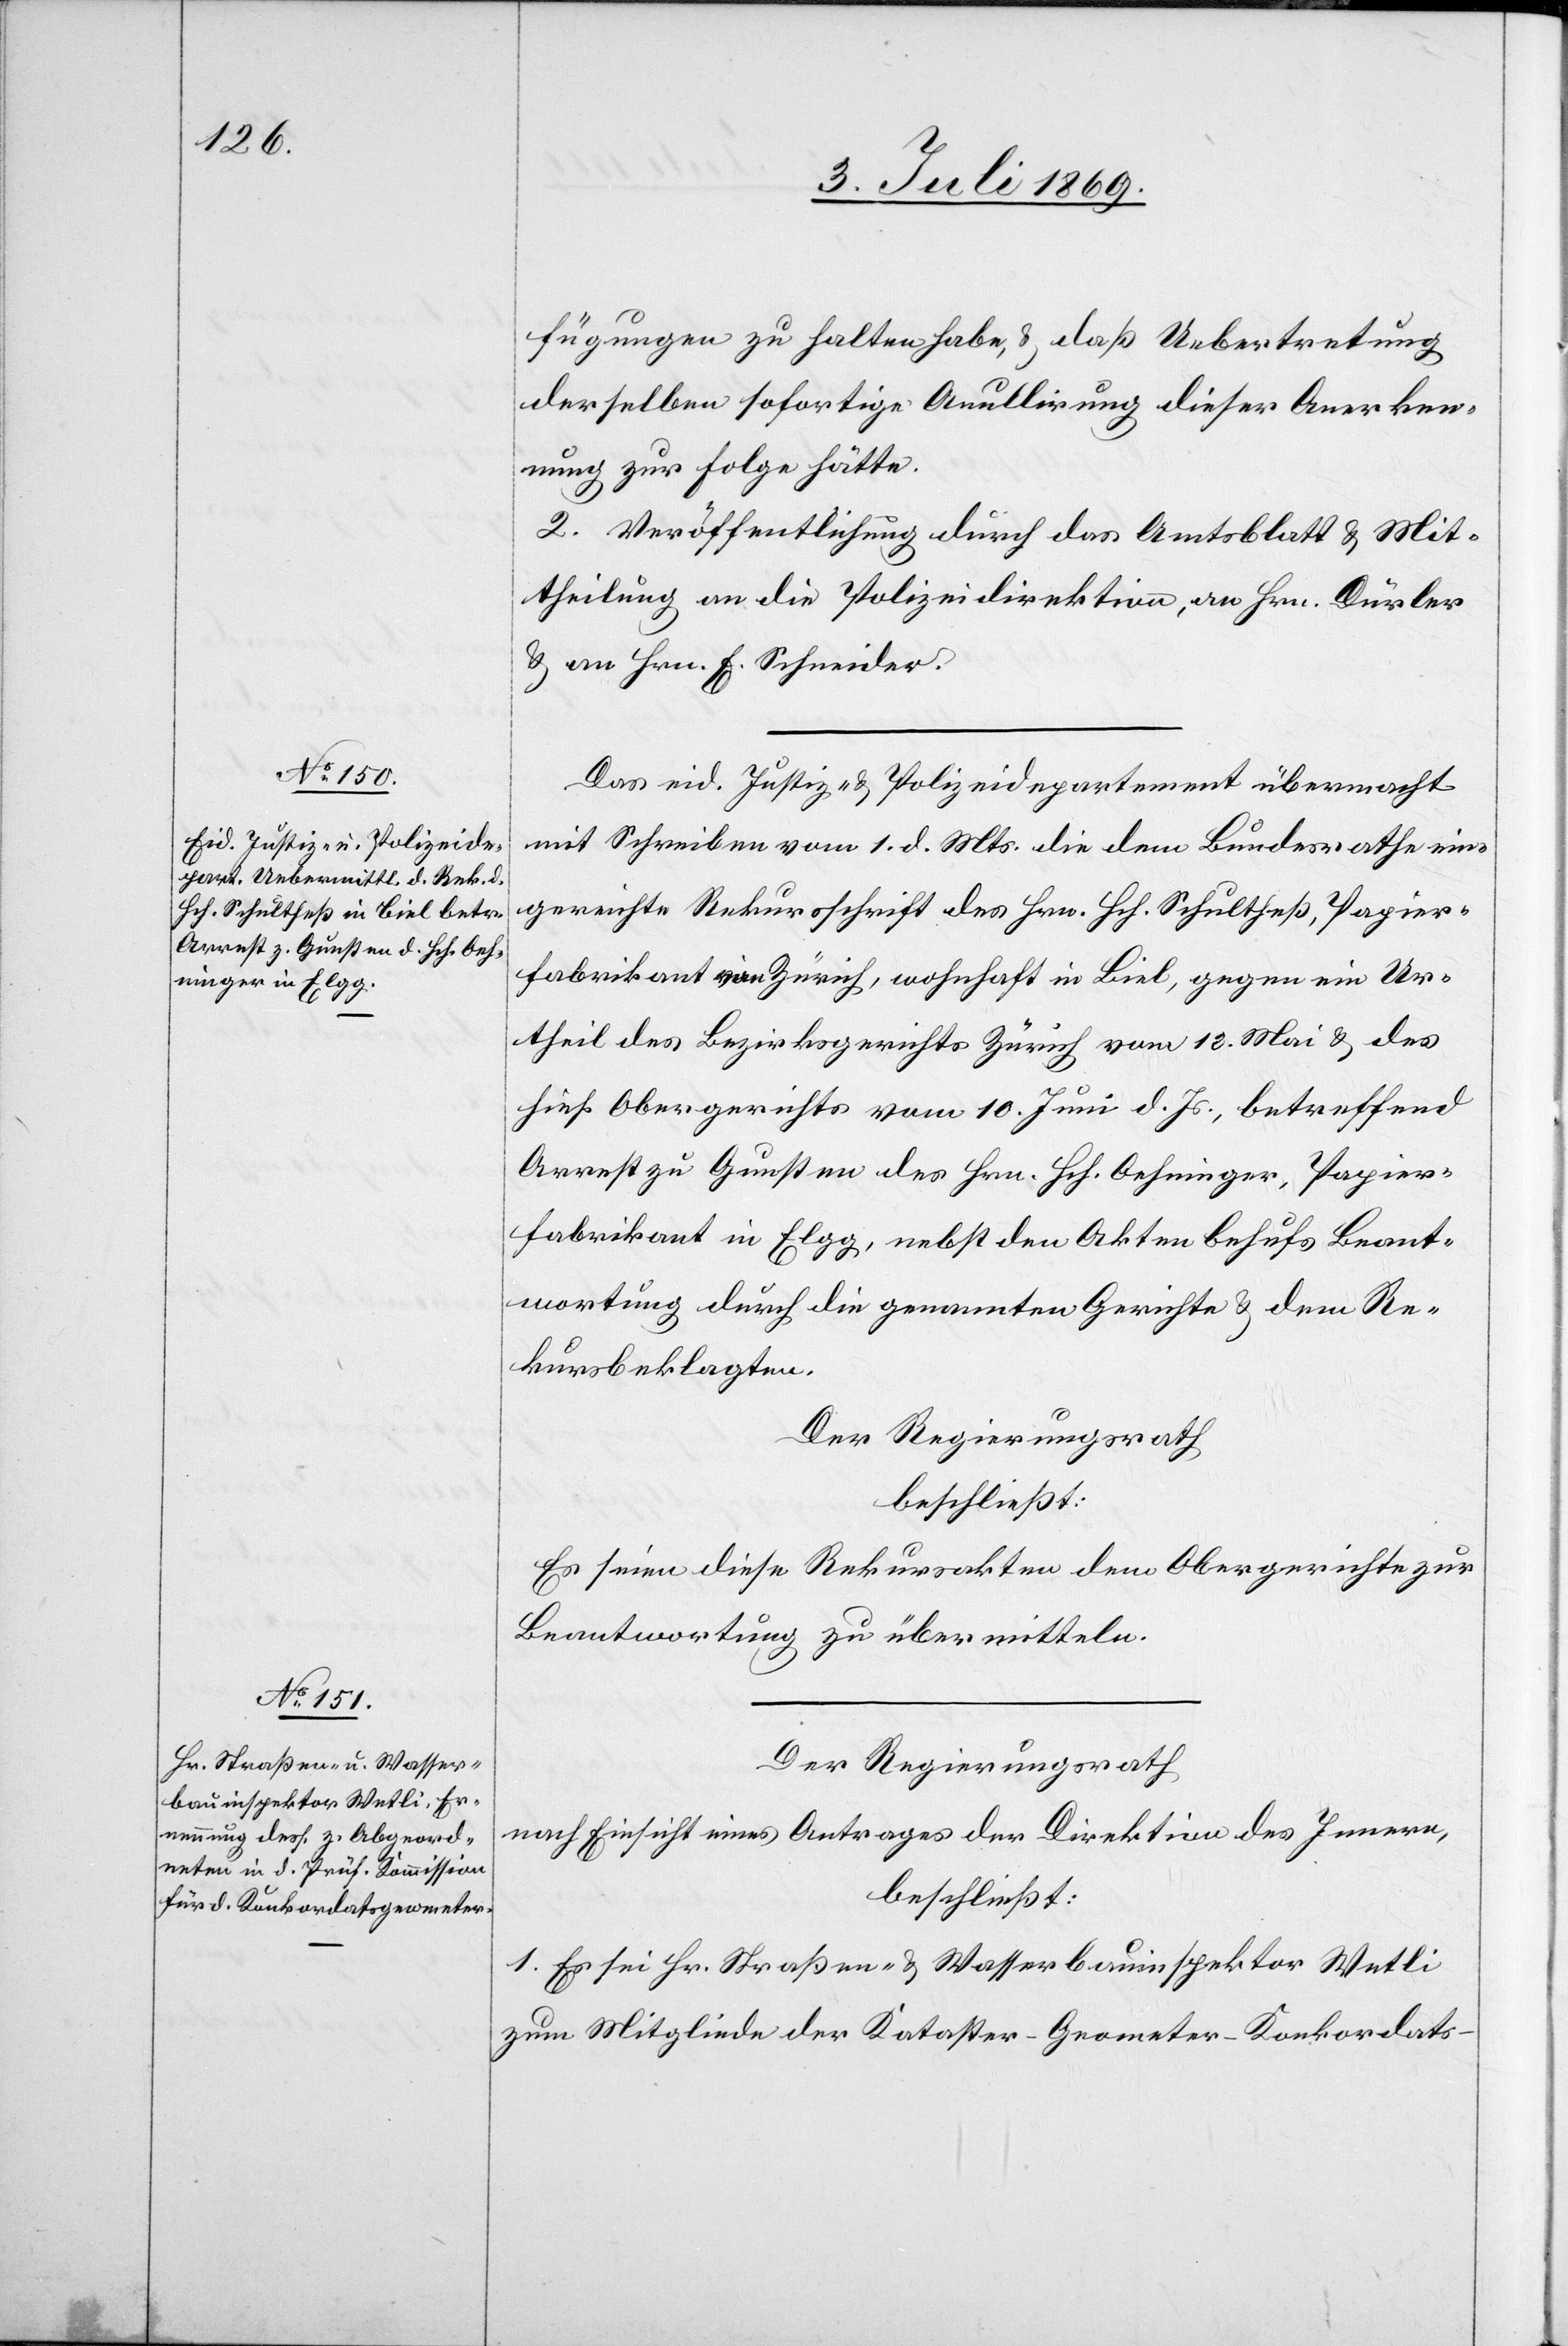
fügungen zu halten habe, u. daß Uebertretung
derselben sofortige Anullirung dieser Anerken¬
nung zur Folge hätte.
2. Veröffentlichung durch das Amtsblatt u. Mit¬
theilung an die Poilzeidirektion, an Hrn. Dürler
u. an Hrn. Schneider.
Das eid. Justiz- u. Polizeidepartement übermacht
mit Schreiben vom 1 d. Mts. die dem Bundesrathe ein¬
gereichte Rekursschrift des Hrn. Schultheß, Papier¬
fabrikant von Zürich, wohnhaft in Biel, gegen ein Ur¬
theil des Bezirksgerichtes Zürich vom 13 Mai u. des
hies. Obergerichts vom 10 Juni d. Js., betreffend
Arrest zu Gunsten des Hrn. Hch. Oehninger, Papier¬
fabrikant in Elgg, nebst den Akten behufs Beant¬
wortung durch die genannten Gerichte u. dem Re¬
kursbeklagten.
Der Regierungsrath
beschließt:
Es seien diese Rekursakten dem Obergerichte zur
Beantwortung zu übermitteln.
Der Regierungsrath
nach Einsicht eines Antrages der Direktion des Innern,
beschließt:
1. Es sei Hr. Straßen- u. Wasserbauinspektor Wetli
zum Mitgliede der Kataster-Grometer-Konkordats-